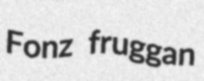
Fonz fruggan